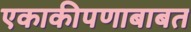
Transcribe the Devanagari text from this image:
एकाकीपणाबाबत